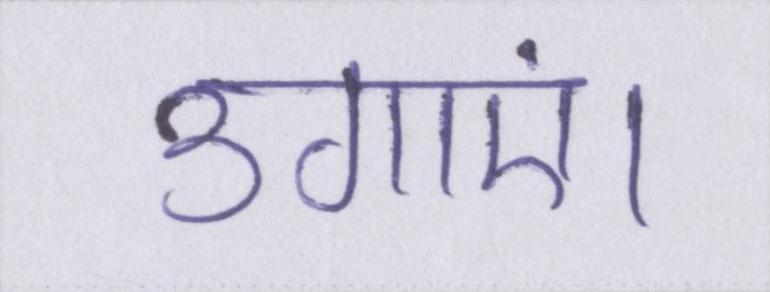
उगाएं।